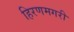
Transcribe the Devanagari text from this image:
हिरणमगरी